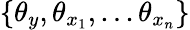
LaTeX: \{ \theta_{y},\theta_{x_{1}},...\theta_{x_{n}}\}